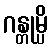
ဂန္တုမ္ပိ